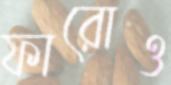
ফারোও